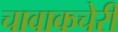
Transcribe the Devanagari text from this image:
चावाकचेरी